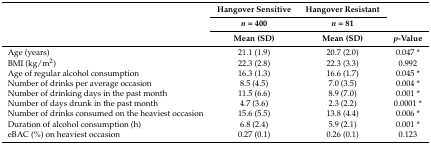
<table><thead><tr><td rowspan="3"></td><td><b>Hangover Sensitive</b></td><td><b>Hangover Resistant</b></td><td rowspan="2"></td></tr><tr><td><b><i>n</i> = 400</b></td><td><b><i>n</i> = 81</b></td></tr><tr><td><b>Mean (SD)</b></td><td><b>Mean (SD)</b></td><td><b><i>p</i>-Value</b></td></tr></thead><tbody><tr><td>Age (years)</td><td>21.1 (1.9)</td><td>20.7 (2.0)</td><td>0.047 *</td></tr><tr><td>BMI (kg/m<sup>2</sup>)</td><td>22.3 (2.8)</td><td>22.3 (3.3)</td><td>0.992</td></tr><tr><td>Age of regular alcohol consumption</td><td>16.3 (1.3)</td><td>16.6 (1.7)</td><td>0.045 *</td></tr><tr><td>Number of drinks per average occasion</td><td>8.5 (4.5)</td><td>7.0 (3.5)</td><td>0.004 *</td></tr><tr><td>Number of drinking days in the past month</td><td>11.5 (6.6)</td><td>8.9 (7.0)</td><td>0.001 *</td></tr><tr><td>Number of days drunk in the past month</td><td>4.7 (3.6)</td><td>2.3 (2.2)</td><td>0.0001 *</td></tr><tr><td>Number of drinks consumed on the heaviest occasion</td><td>15.6 (5.5)</td><td>13.8 (4.4)</td><td>0.006 *</td></tr><tr><td>Duration of alcohol consumption (h)</td><td>6.8 (2.4)</td><td>5.9 (2.1)</td><td>0.001 *</td></tr><tr><td>eBAC (%) on heaviest occasion</td><td>0.27 (0.1)</td><td>0.26 (0.1)</td><td>0.123</td></tr></tbody></table>